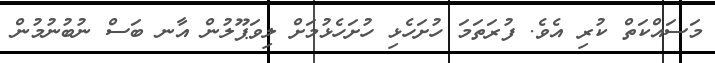
މަސައްކަތް ކުރި އެވެ. ފުރަތަމަ ހުށަހެޅި ހުށަހެޅުމަށް ލިވަޕޫލުން އާނ ބަސް ނުބުނުމުން